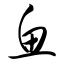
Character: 鱼